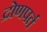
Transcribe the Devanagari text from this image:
द्रोणपर्त